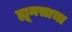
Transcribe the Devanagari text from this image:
ह्यूमसाचा